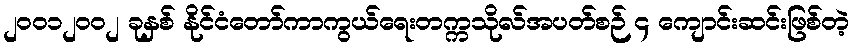
၂၀၀၁၂၀၀၂ ခုနှစ် နိုင်ငံတော်ကာကွယ်ရေးတက္ကသိုလ်အပတ်စဉ် ၄ ကျောင်းဆင်းဖြစ်တဲ့